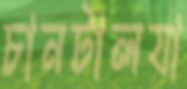
চানটালযা